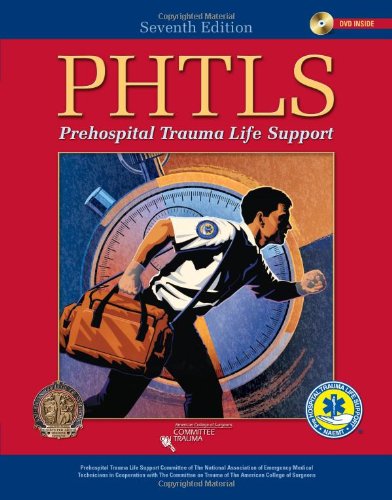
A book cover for Prehospital Trauma Life Support; NAEMT; Medical Books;